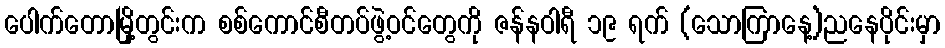
ပေါက်တောမြို့တွင်းက စစ်ကောင်စီတပ်ဖွဲ့ဝင်တွေကို ဇန်နဝါရီ ၁၉ ရက် (သောကြာနေ့)ညနေပိုင်းမှာ